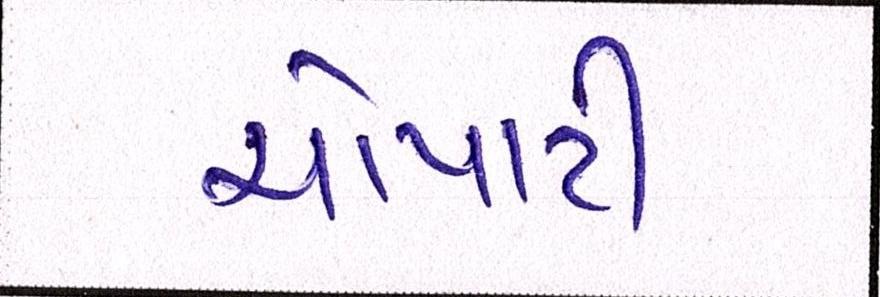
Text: ચોપાટી